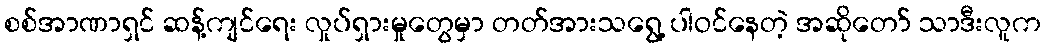
စစ်အာဏာရှင် ဆန့်ကျင်ရေး လှုပ်ရှားမှုတွေမှာ တတ်အားသရွေ့ ပါဝင်နေတဲ့ အဆိုတော် သာဒီးလူက